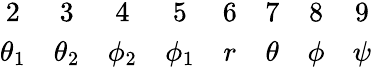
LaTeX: \begin{array}{cccccccc}{{2}}&{{3}}&{{4}}&{{5}}&{{6}}&{{7}}&{{8}}&{{9}}\\ {{\theta_{1}}}&{{\theta_{2}}}&{{\phi_{2}}}&{{\phi_{1}}}&{{r}}&{{\theta}}&{{\phi}}&{{\psi}}\end{array}